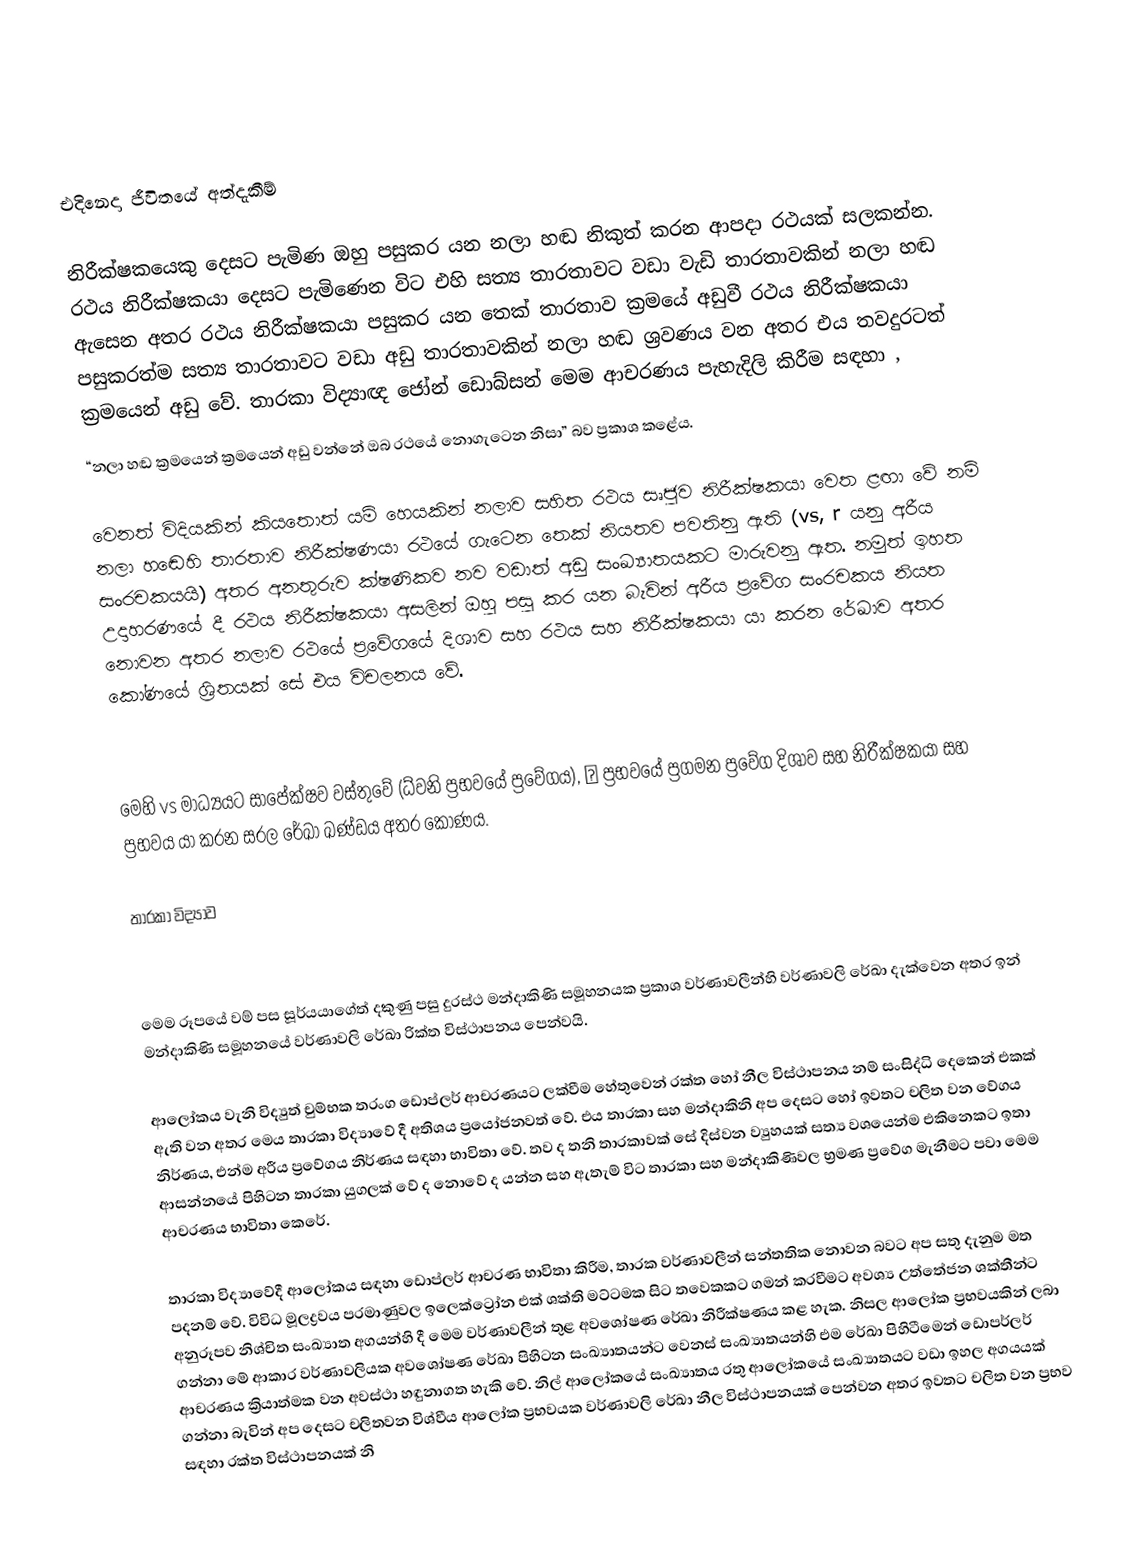

එදිනෙදා ජීවිතයේ අත්දැකීම්

නිරීක්ෂකයෙකු දෙසට පැමිණ ඔහු පසුකර යන නලා හඬ නිකුත් කරන ආපදා රථයක් සලකන්න. රථය නිරීක්ෂකයා දෙසට පැමිණෙන විට එහි සත්‍ය තාරතාවට වඩා වැඩි තාරතාවකින් නලා හඬ ඇසෙන අතර රථය නිරීක්ෂකයා පසුකර යන තෙක් තාරතාව ක්‍රමයේ අඩුවී රථය නිරීක්ෂකයා පසුකරත්ම සත්‍ය තාරතාවට වඩා අඩු තාරතාවකින් නලා හඬ ශ්‍රවණය වන අතර එය තවදුරටත් ක්‍රමයෙන් අඩු වේ. තාරකා විද්‍යාඥ ජෝන් ඩොබ්සන් මෙම ආචරණය පැහැදිලි කිරීම සඳහා ,
“නලා හඬ ක්‍රමයෙන් ක්‍රමයෙන් අඩු වන්නේ ඔබ රථයේ නො‍ගැටෙන නිසා” බව ප්‍රකාශ කළේය.

වෙනත් විදියකින්  කියතොත් යම් හෙයකින් නලාව සහිත රථය සෘජුව නිරීක්ෂකයා වෙත ළඟා ‍වේ නම්  නලා හ‍ඬෙහි තාරතාව නිරීක්ෂණයා රථයේ ගැටෙන තෙක් නියතව පවතිනු ඇති (vs, r  යනු අරීය සංරචකයයි) අතර අනතුරුව ක්ෂණිකව නව වඩාත් අඩු සංඛ්‍යාතයකට මාරුවනු ඇත. නමුත් ඉහත උදාහරණයේ දී රථය නිරීක්ෂකයා අසලින් ඔහු පසු කර යන බැවින් අරීය ප්‍රවේග සංරචකය නියත නොවන අතර නලාව රථයේ ප්‍රවේගයේ දිශාව සහ රථය සහ නිරීක්ෂකයා යා කරන රේඛාව අතර කෝණයේ ශ්‍රිතයක් සේ එය විචලනය වේ.

මෙහි vs  මාධ්‍යයට සාපේක්ෂව වස්තුවේ (ධ්වනි ප්‍රභවයේ ප්‍රවේගය), θ ප්‍රභවයේ ප්‍රගමන ප්‍රවේග දිශාව සහ නිරීක්ෂකයා සහ ප්‍රභවය යා කරන සරල රේඛා ඛණ්ඩය අතර කෝණය.

තාරකා විද්‍යාව

මෙම රූ‍පයේ වම් පස සූර්යයාගේත් දකුණු පසු දුරස්ථ මන්දාකිණි සමූහනයක ප්‍රකාශ වර්ණාවලීන්හි වර්ණාවලි රේඛා දැක්වෙන අතර ඉන් මන්දාකිණි සමූහනයේ වර්ණාවලි රේඛා රික්ත විස්ථාපනය පෙන්වයි.

ආලෝකය වැනි විද්‍යුත් චුම්භක තරංග ඩොප්ලර් ආචරණයට ලක්වීම හේතුවෙන් රක්ත හෝ නීල විස්ථාපනය නම් සංසිද්ධි දෙකෙන් එකක් ඇති වන අතර මෙය තාරකා විද්‍යාවේ දී අතිශය ප්‍රයෝජනවත් වේ. එය තාරකා සහ මන්දාකිනි අප දෙසට හෝ ඉවතට චලිත වන වේගය නිර්ණය, එන්ම අරීය ප්‍රවේගය නිර්ණය සඳහා භාවිතා වේ. තව ද තනි තාරකාවක් සේ දිස්වන ව්‍යුහයක් සත්‍ය වශයෙන්ම එකිනෙකට ඉතා ආසන්නයේ පිහිටන තාරකා යුගලක් වේ ද නොවේ ද යන්න සහ ඇතැම් විට තාරකා සහ මන්දාකිණිවල භ්‍රමණ ප්‍රවේග මැනීමට පවා මෙම ආචරණය භාවිතා කෙරේ.

තාරකා විද්‍යා‍වේදී ආ‍ලෝකය සඳහා ඩොප්ලර් ආචරණ භාවිතා කිරීම, තාරක වර්ණාවලීන් සන්තතික නොවන බවට අප සතු දැනුම මත පදනම් වේ. විවිධ මූලද්‍රවය පරමාණුවල ඉලෙක්ට්‍රෝන එක් ශක්ති මට්ටමක සිට තවෙකකට ගමන් කරවීමට අවශ්‍ය උත්තේජන ශක්තීන්ට අනුරූපව නිශ්චිත සංඛ්‍යාත අගයන්හි දී මෙම වර්ණාවලීන් තුළ අවශෝෂණ රේඛා නිරීක්ෂණය කළ හැක. නිසල ආලෝක ප්‍රභවයකින් ලබා ගන්නා මේ ආකාර වර්ණාවලියක අවශෝෂණ රේඛා පිහිටන සංඛ්‍යාතයන්ට වෙනස් සංඛ්‍යාතයන්හි එම රේඛා පිහිටීමෙන් ඩොපර්ලර් ආචරණය ක්‍රියාත්මක වන අවස්ථා හඳුනාගත හැකි වේ. නිල් ආලෝකයේ සංඛ්‍යාතය රතු ආලෝකයේ සංඛ්‍යාතයට වඩා ඉහල අගයයක් ගන්නා බැවින් අප දෙසට චලිතවන විශ්වීය ආලෝක ප්‍රභවයක වර්ණාවලි රේඛා නීල විස්ථාපනයක් පෙන්වන අතර ඉවතට චලිත වන ප්‍රභව සඳහා රක්ත විස්ථාපනයක් නි